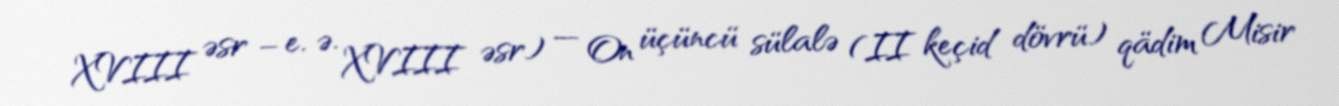
XVIII əsr – e. ə. XVIII əsr) — On üçüncü sülalə (II keçid dövrü) qädim Misir